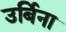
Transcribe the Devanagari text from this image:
उर्बिना